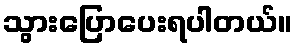
သွားပြောပေးရပါတယ်။